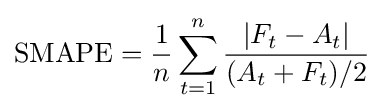
{\text{SMAPE}}={\frac {1}{n}}\sum _{t=1}^{n}{\frac {\left|F_{t}-A_{t}\right|}{(A_{t}+F_{t})/2}}